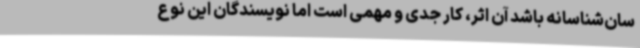
سان‌شناسانه باشد آن اثر، کار جدی و مهمی است اما نویسندگان این نوع